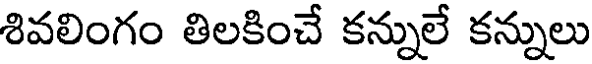
శివలింగం తిలకించే కన్నులే కన్నులు